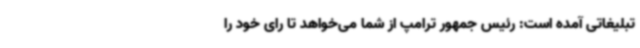
تبلیغاتی آمده است: رئیس جمهور ترامپ از شما می‌خواهد تا رای خود را